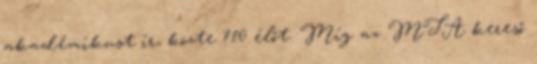
akadémikust ír, közte 710 élőt. Míg az MTA kereső